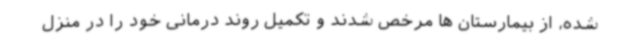
شده، از بیمارستان ها مرخص شدند و تکمیل روند درمانی خود را در منزل